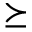
\succeq